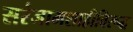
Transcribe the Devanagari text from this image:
सरंजामशाहीविरूद्ध